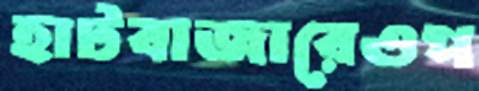
হাটবাজারেওপ